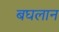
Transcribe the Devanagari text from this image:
बघलान